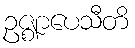
ဥဇ္ဈာပေသီတိ